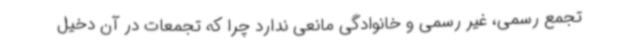
تجمع رسمی، غیر رسمی و خانوادگی مانعی ندارد چرا که تجمعات در آن دخیل